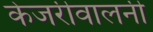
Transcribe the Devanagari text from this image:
केजरीवालनी